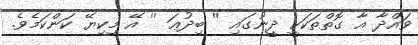
ވައްދާ އާ ގޮތްތަކަކީ ދީނުގައި '' ބިދުޢަ '' އޭ މިކިޔޭ ކަންކަމެވެ.